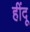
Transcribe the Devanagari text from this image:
हींदू